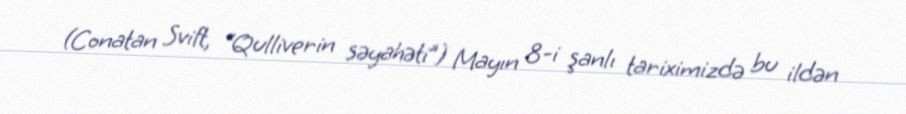
(Conatan Svift, “Qulliverin səyahəti”) Mayın 8-i şanlı tariximizdə bu ildən